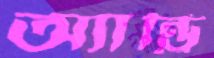
অ্যান্ড্রি